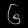
Digit: ၆